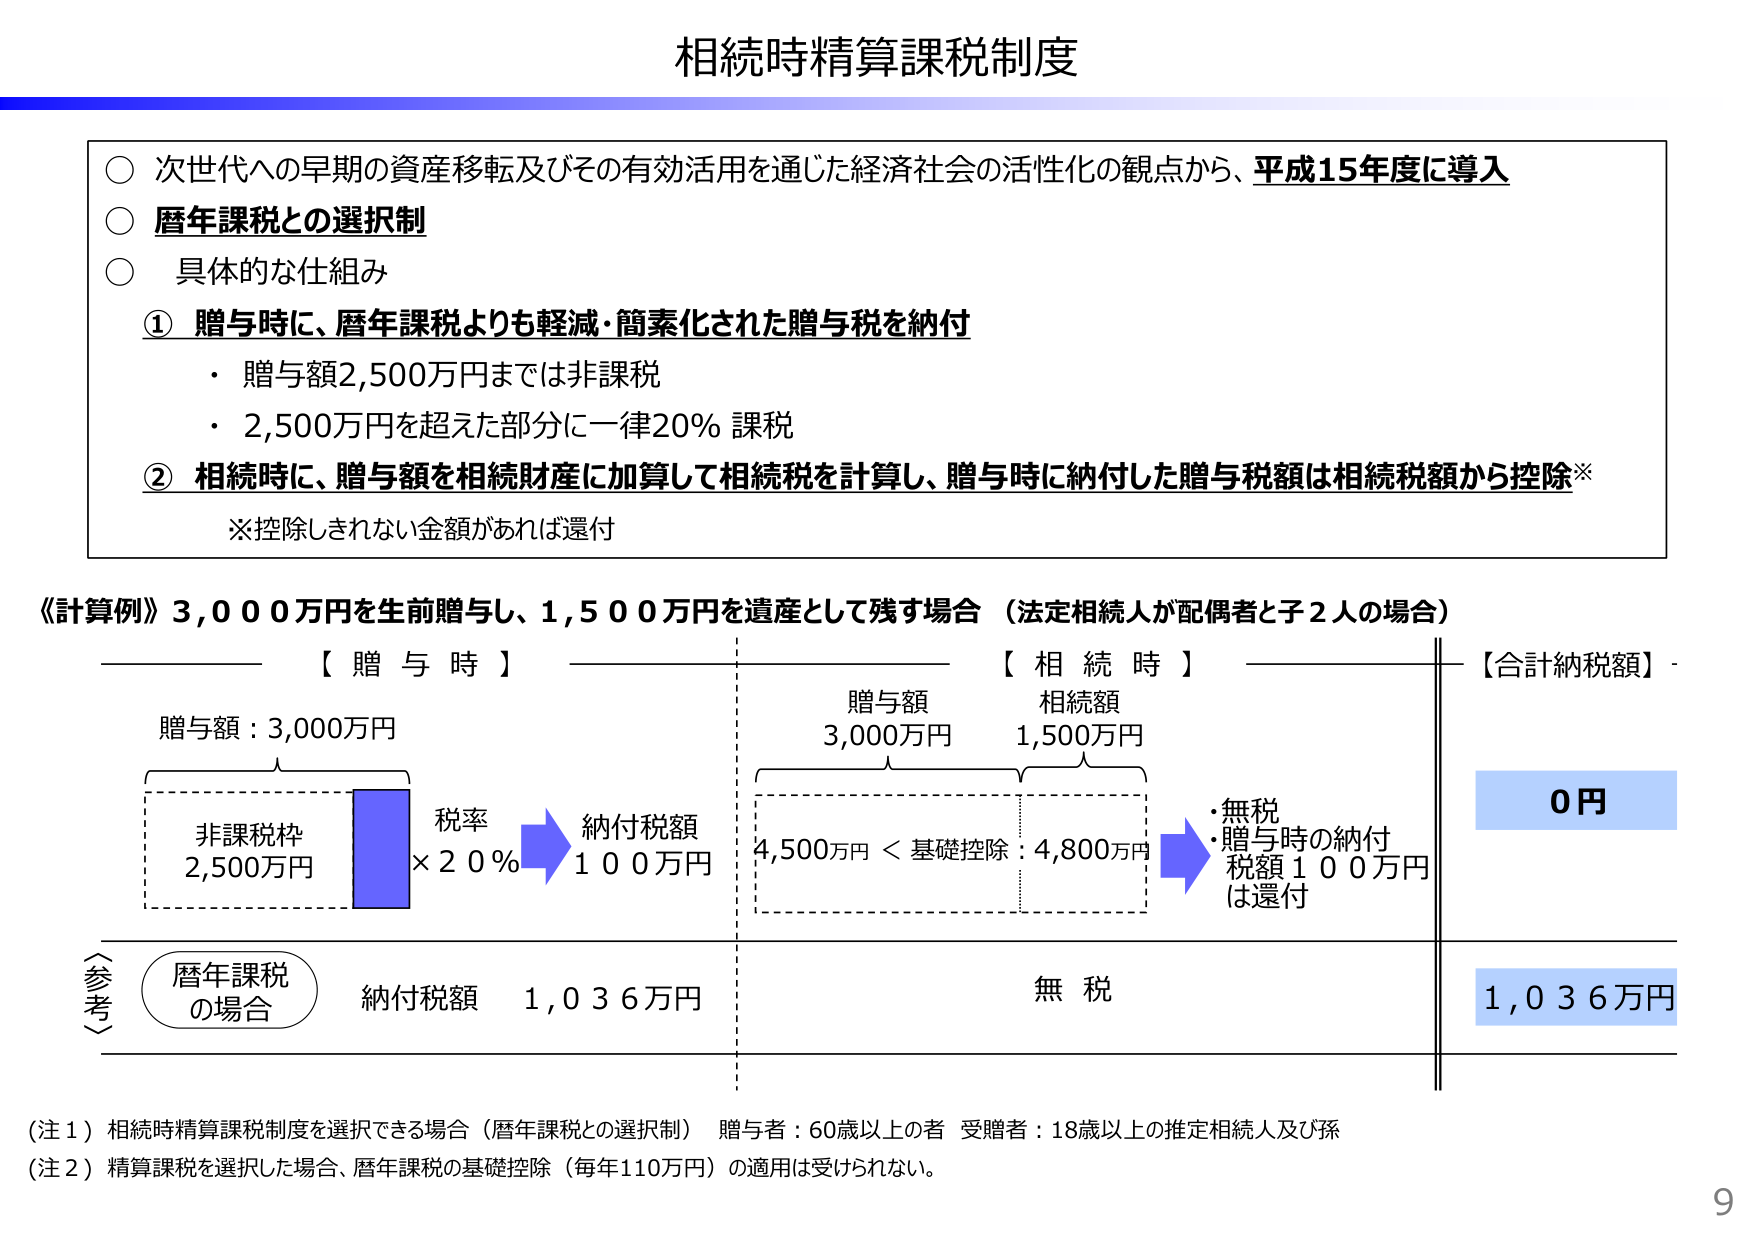
相続時精算課税制度

○ 次世代への早期の資産移転及びその有効活用を通じた経済社会の活性化の観点から、平成15年度に導入
○ 暦年課税との選択制
○ 具体的な仕組み
　① 贈与時に、暦年課税よりも軽減・簡素化された贈与税を納付
　　・ 贈与額2,500万円までは非課税
　　・ 2,500万円を超えた部分に一律20％課税
　② 相続時に、贈与額を相続財産に加算して相続税を計算し、贈与時に納付した贈与税額は相続税額から控除※
　　※控除しきれない金額があれば還付

《計算例》3,000万円を生前贈与し、1,500万円を遺産として残す場合（法定相続人が配偶者と子2人の場合）

【贈与時】
　贈与額：3,000万円
　　非課税枠 2,500万円
　　税率 ×20％
　　納付税額 100万円

【相続時】
　贈与額 3,000万円
　相続額 1,500万円
　4,500万円 ＜ 基礎控除：4,800万円
　・無税
　・贈与時の納付税額100万円（は還付）

【合計納税額】
　0円

〈参考〉
　暦年課税の場合
　　納付税額 1,036万円
　　無税
　　1,036万円

（注1）相続時精算課税制度を選択できる場合（暦年課税との選択制） 贈与者：60歳以上の者 受贈者：18歳以上の推定相続人及び孫
（注2）精算課税を選択した場合、暦年課税の基礎控除（毎年110万円）の適用は受けられない。

9